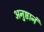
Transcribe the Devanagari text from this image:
अनुष्ठानं